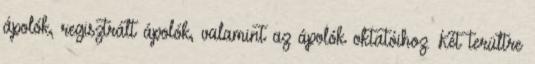
ápolók, regisztrált ápolók, valamint az ápolók oktatóihoz. Két terültre